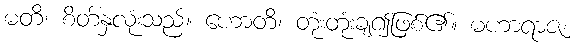
မတိ၊ စိတ်နှလုံးသည်။ ဟောတိ၊ တုံးတုံးချ၍ဖြစ်၏။ မဟာရာဇ၊